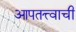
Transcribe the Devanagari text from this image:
आपतत्त्वाची